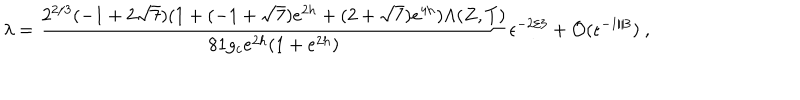
LaTeX: \lambda = { \frac { 2 ^ { 2 / 3 } ( - 1 + 2 \sqrt { 7 } ) ( 1 + ( - 1 + \sqrt { 7 } ) e ^ { 2 h } + ( 2 + \sqrt { 7 } ) e ^ { 4 h } ) \Lambda ( Z , T ) } { 8 1 g _ { c } e ^ { 2 h } ( 1 + e ^ { 2 h } ) } } \epsilon ^ { - 2 / 3 } + { \cal O } ( \epsilon ^ { - 1 / 3 } ) \ ,